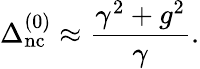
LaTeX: \Delta_{\mathrm{nc}}^{(0)}\approx\frac{\gamma^{2}+g^{2}}{\gamma}.